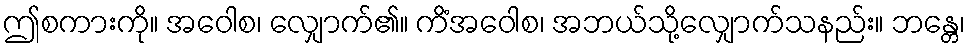
ဤစကားကို။ အဝေါစ၊ လျှောက်၏။ ကိံအဝေါစ၊ အဘယ်သို့လျှောက်သနည်း။ ဘန္တေ၊